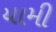
યામી